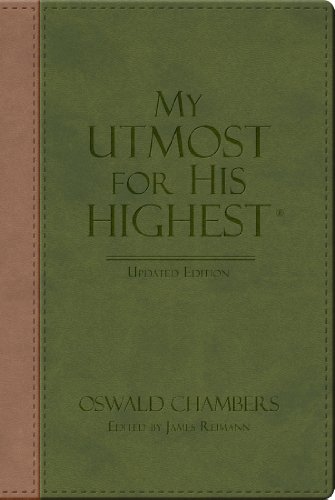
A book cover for My Utmost for His Highest; Oswald Chambers; Christian Books & Bibles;